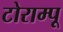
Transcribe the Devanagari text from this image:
टोराम्पू